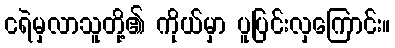
ငရဲမှလာသူတို့၏ ကိုယ်မှာ ပူပြင်းလှကြောင်း။